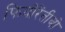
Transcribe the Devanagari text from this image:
फियोरेंतीबो